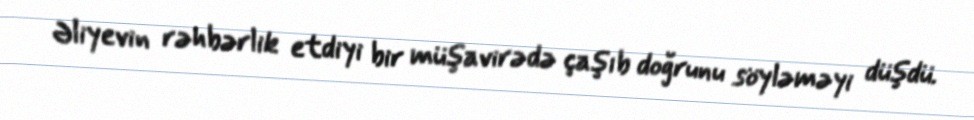
Əliyevin rəhbərlik etdiyi bir müşavirədə çaşıb doğrunu söyləməyi düşdü.